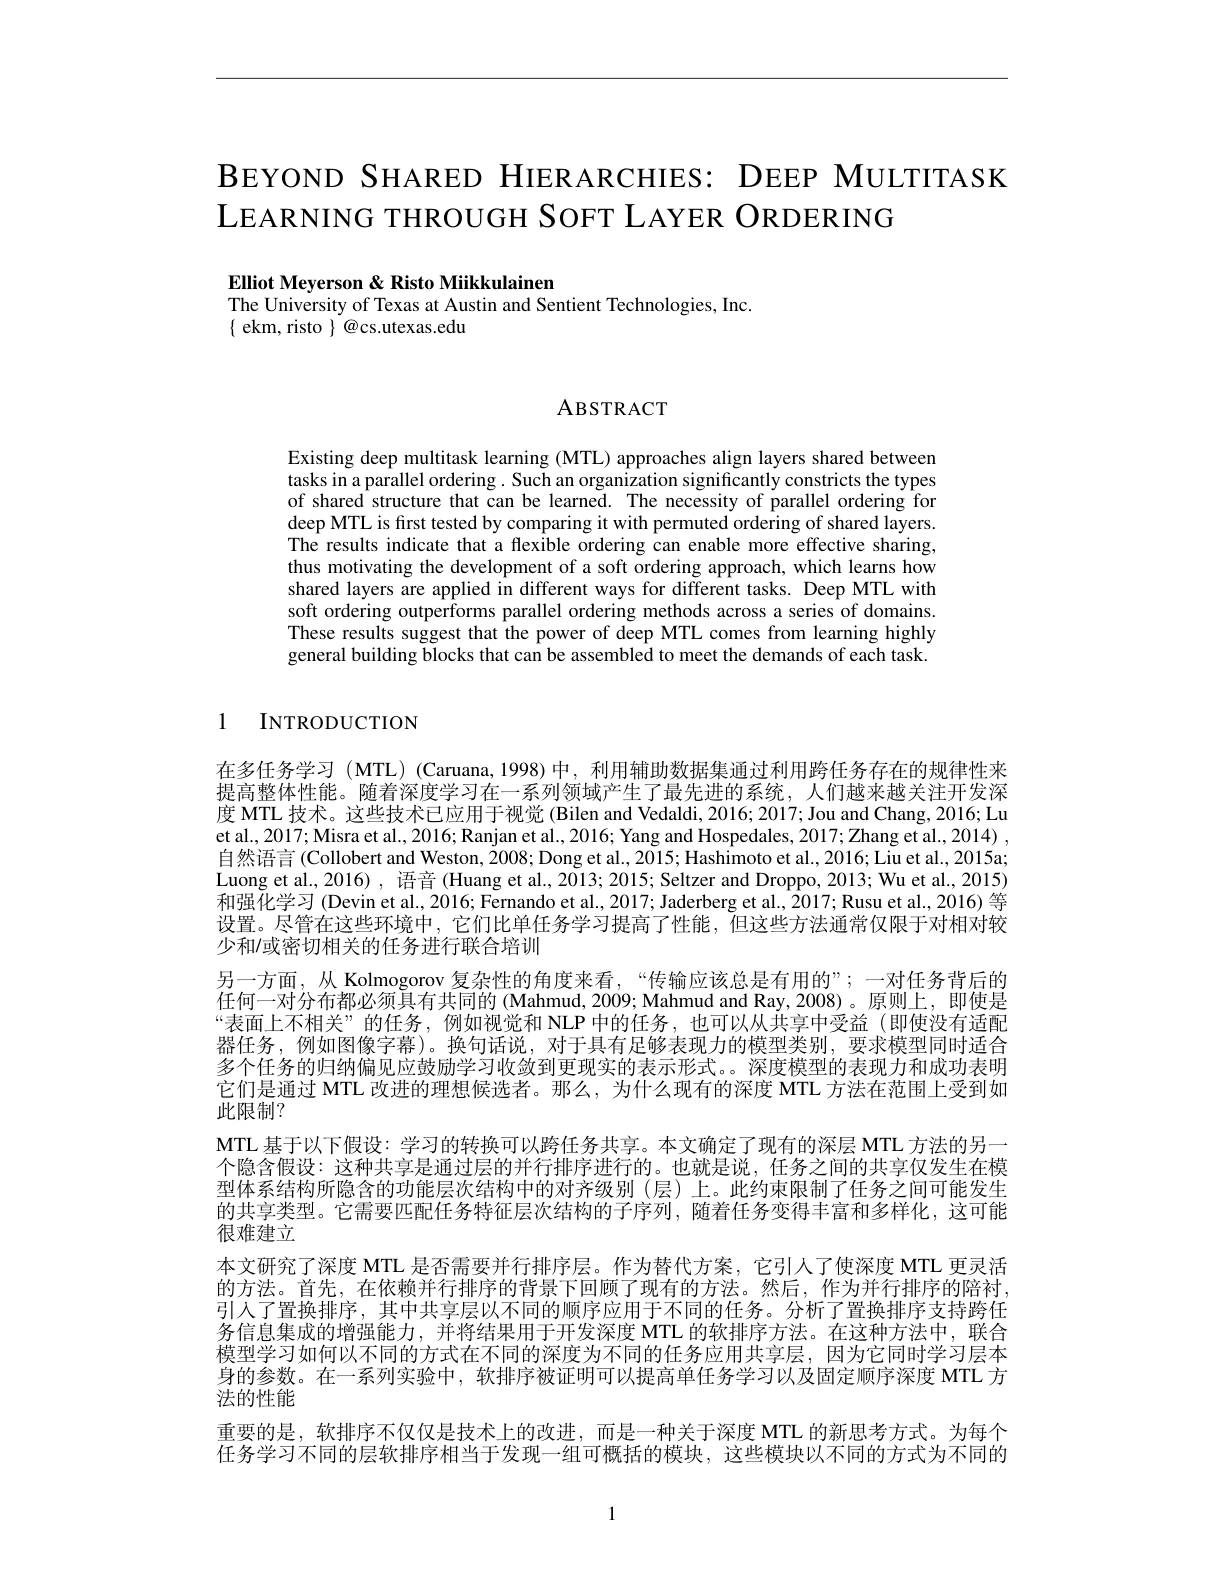
# BEYOND SHARED HIERARCHIES: DEEP MULTITASK LEARNING THROUGH SOFT LAYER ORDERING

Elliot Meyerson & Risto Miikkulainen
The University of Texas at Austin and Sentient Technologies, Inc.
$\{$ ekm, risto $\}$@cs.utexas.edu

ABSTRACT

Existing deep multitask learning (MTL) approaches align layers shared between tasks in a parallel ordering. Such an organization significantly constricts the types of shared structure that can be learned. The necessity of parallel ordering for deep MTL is frst tested by comparing it with permuted ordering of shared layers. The results indicate that a flexible ordering can enable more effective sharing, thus motivating the development of a soft ordering approach, which learns how shared layers are applied in different ways for different tasks. Deep MTL with soft ordering outperforms parallel ordering methods across a series of domains These results suggest that the power of deep MTL comes from learning highly general building blocks that can be assembled to meet the demands of each task.

1 INTRODUCTION

在多任务学习(MTL)(Caruana,1998)中，利用辅助数据集通过利用跨任务存在的规律性来提高整体性能。随着深度学习在一系列领域产生了最先进的系统，人们越来越关注开发深度 MTL 技术。这些技术已应用于视觉 (Bilen and Vedaldi, 2016; 2017; Jou and Chang, 2016; Lu et al., 2017; Misra et al., 2016; Ranjan et al., 2016; Yang and Hospedales, 2017; Zhang et al., 2014) , 自然语言 (Collobert and Weston, 2008; Dong et al., 2015; Hashimoto et al., 2016; Liu et al., 2015a; Luong et al., 2016) , 语音 (Huang et al., 2013; 2015; Seltzer and Droppo, 2013; Wu et al., 2015) 和强化学习 (Devin et al., 2016; Fernando et al., 2017; Jaderberg et al., 2017; Rusu et al., 2016) 等设置。尽管在这些环境中，它们比单任务学习提高了性能，但这些方法通常仅限于对相对较少和/或密切相关的任务进行联合培训
另一方面，从 Kolmogorov 复杂性的角度来看，“传输应该总是有用的”;一对任务背后的任何一对分布都必须具有共同的 (Mahmud, 2009; Mahmud and Ray, 2008)。原则上，即使是“表面上不相关”的任务，例如视觉和 NLP 中的任务，也可以从共享中受益(即使没有适配器任务，例如图像字幕)。换句话说，对于具有足够表现力的模型类别，要求模型同时适合多个任务的归纳偏见应鼓励学习收敛到更现实的表示形式。深度模型的表现力和成功表明它们是通过 MTL 改进的理想候选者。那么，为什么现有的深度 MTL 方法在范围上受到如此限制？
MTL 基于以下假设：学习的转换可以跨任务共享。本文确定了现有的深层 MTL 方法的另一个隐含假设：这种共享是通过层的并行排序进行的。也就是说，任务之间的共享仅发生在模型体系结构所隐含的功能层次结构中的对齐级别(层)上。此约束限制了任务之间可能发生的共享类型。它需要匹配任务特征层次结构的子序列，随着任务变得丰富和多样化，这可能很难建立
本文研究了深度 MTL 是否需要并行排序层。作为替代方案，它引人了使深度 MTL 更灵活的方法。首先，在依赖并行排序的背景下回顾了现有的方法。然后，作为并行排序的陪衬， 引人了置换排序，其中共享层以不同的顺序应用于不同的任务。分析了置换排序支持跨任务信息集成的增强能力，并将结果用于开发深度 MTL 的软排序方法。在这种方法中，联合模型学习如何以不同的方式在不同的深度为不同的任务应用共享层，因为它同时学习层本身的参数。在一系列实验中，软排序被证明可以提高单任务学习以及固定顺序深度 MTL 方法的性能
重要的是，软排序不仅仅是技术上的改进，而是一种关于深度 MTL 的新思考方式。为每个任务学习不同的层软排序相当于发现一组可概括的模块，这些模块以不同的方式为不同的

1